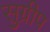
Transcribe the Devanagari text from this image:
सुग्रीप